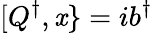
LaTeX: [Q^{\dagger},\mathit{x}\} =ib^{\dagger}